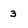
Character: 3